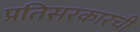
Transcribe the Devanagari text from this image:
प्रतिसरकारची